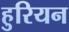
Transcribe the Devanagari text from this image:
हुरियन